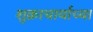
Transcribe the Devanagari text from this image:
शुक्राचार्याच्या